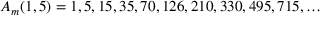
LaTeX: A _ { m } ( 1 , 5 ) = 1 , 5 , 1 5 , 3 5 , 7 0 , 1 2 6 , 2 1 0 , 3 3 0 , 4 9 5 , 7 1 5 , \ldots